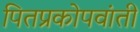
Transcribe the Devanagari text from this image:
पितप्रकोपवांती